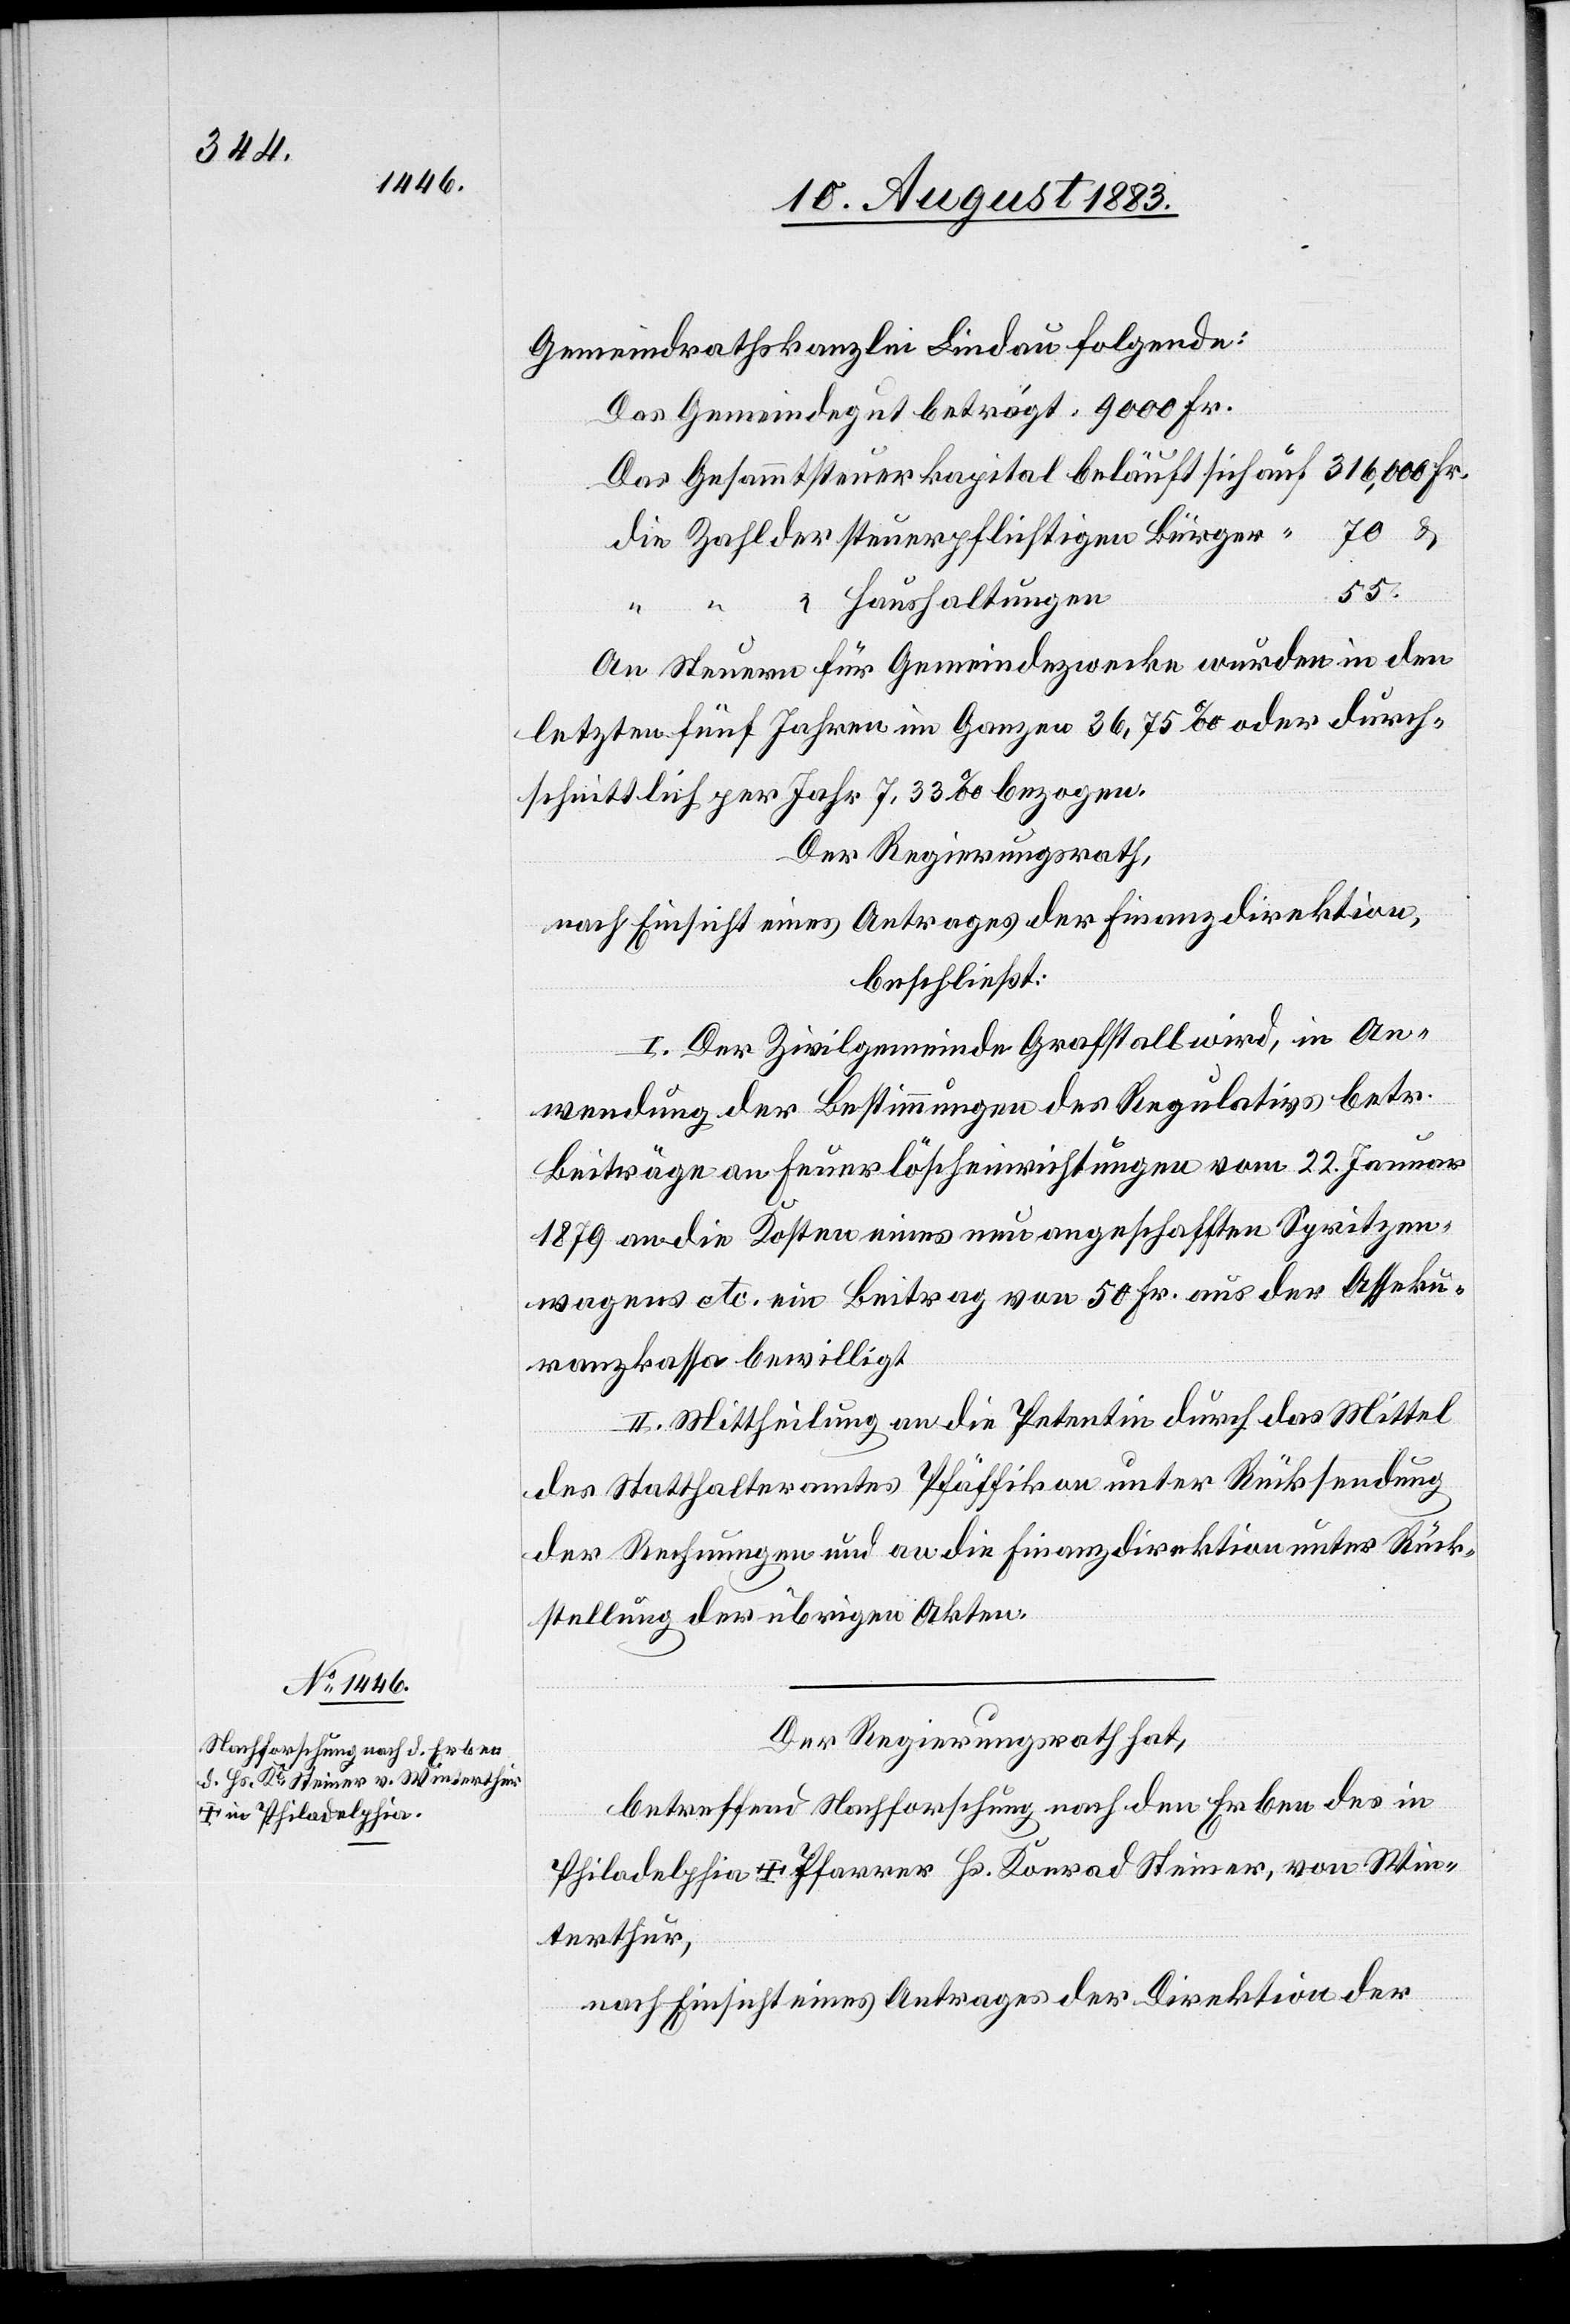
Gemeindrathskanzlei Lindau folgende:
Das Gemeindegut beträgt: 9000 Fr.
Das Gesammtsteuerkapital beläuft sich auf 316,000 Fr.
die Zahl der steuerpflichtigen Bürger “ 70 &
55.
“ “ Haushaltungen
An Steuern für Gemeindezwecke wurden in den
letzten fünf Jahren im Ganzen 36,75‰ oder durch¬
schnittlich per Jahr 7,33‰ bezogen.
Der Regierungsrath,
nach Einsicht eines Antrages der Finanzdirektion,
beschließt:
I. Der Zivilgemeinde Grafstall wird, in An¬
wendung der Bestimmungen des Regulatives betr.
Beiträge an Feuerlöscheinrichtungen vom 22. Januar
1879 an die Kosten eines neu angeschafften Spritzen¬
wagen etc. ein Beitrag von 50 Fr. aus der Asseku¬
ranzkasse bewilligt.
II. Mittheilung an die Petentin durch das Mittel
des Statthalteramtes Pfäffikon unter Rücksendung
der Rechnungen und an die Finanzdirektion unter Rück¬
stellung der übrigen Akten.
Der Regierungsrath hat,
betreffend Nachforschung nach den Erben des in
Philadelphia † Pfarrer Hs. Konrad Steiner, von Win¬
terthur,
nach Einsicht eines Antrages der Direktion der